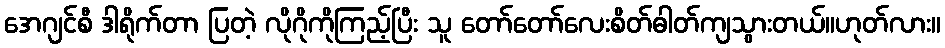
အေဂျင်စီ ဒါရိုက်တာ ပြတဲ့ လိုဂိုကိုကြည့်ပြီး သူ တော်တော်လေးစိတ်ဓါတ်ကျသွားတယ်။ဟုတ်လား။